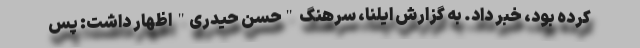
کرده بود، خبر داد. به گزارش ایلنا، سرهنگ "حسن حیدری" اظهار داشت: پس